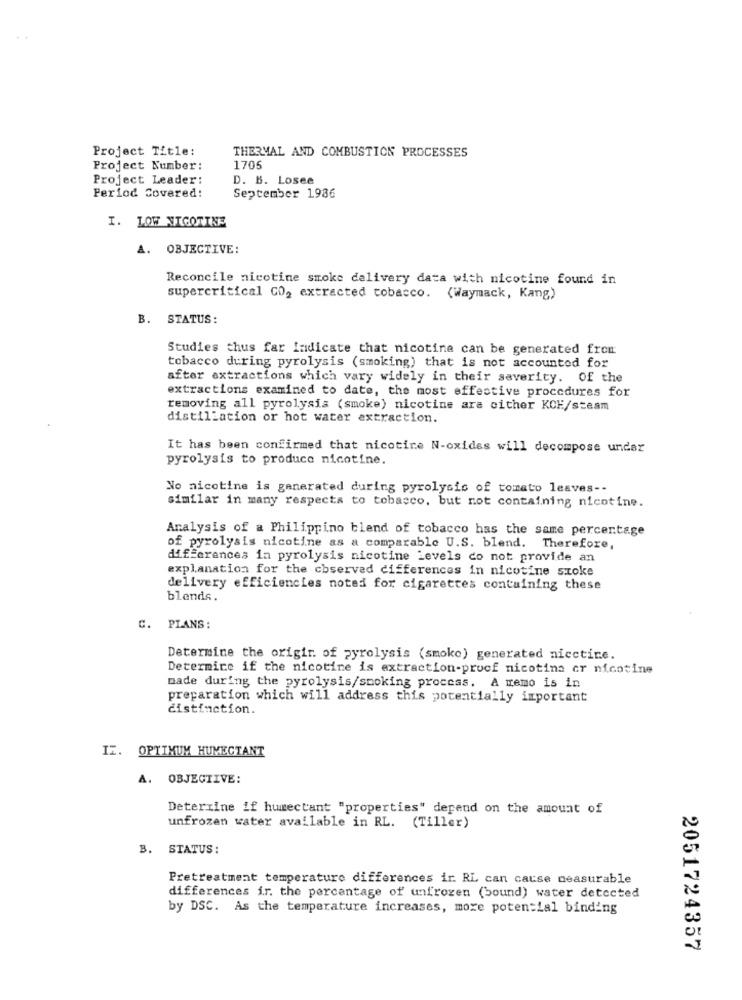
Project Title:
THERMAL AND COMBUSTION PROCESSES
Project Number:
1705
Project Leader:
D. B. Losee
Period Covered:
September 1986
I. LOW NICOTINE
A. OBJECTIVE:
Reconcile nicotine smoke delivery data with nicotine found in
supercritical CO2 extracted tobacco. (Waymack, Kang)
B. STATUS:
Studies thus far Indicate that nicotine can be generated from
tobacco during pyrolysis (smoking) that is not accounted for
after extractions which vary widely in their severity. Of the
extractions examined to date, the most effective procedures for
removing all pyrolysis (smoke) nicotine ara cither KCE/steam
distillation or hot water extraction.
It has been confirmed that nicotine N-oxides will decompose undar
pyrolysis to produce nicotine.
No nicotine is generated during pyrolysis of tomato leaves --
similar in many respects to tobacco, but not containing nicotine.
Analysis of a Philippino blend of tobacco has the same percentage
of pyrolysis nicotine as a comparable U.S. blend. Therefore,
differences in pyrolysis nicotine Levels do not provide an
explanation for the cbserved differences in nicotine szoke
delivery efficiencies noted for cigarettes containing these
blends.
C. PLANS:
Determine the origir. of pyrolysis (smoke) generated nicctire.
Determine if the nicotine is extraction-proof nicotina er nicotine
made during the pyrolysis/smoking process. A memo is in
preparation which will address this potentially important
distinction.
IZ. OPTIMUM HUMECTANT
A. OBJECTIVE:
Determine if humectant "properties" depend on the amount of
unfrozen vater available in RL. (Tiller)
B. STATUS:
Pretreatment temperature differences ir. RL can cause measurable
differences ir. the percentage of unfrozen (bound) water detected
by DSC. As the temperature increases, more potential binding
2051724357